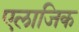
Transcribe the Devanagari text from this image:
एलाजिक